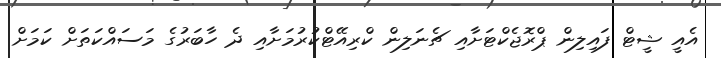
އެއީ ޝީޓް ފައިލިން ޕްރޮޖެކްޓަށާއި ޗެނަލިން ކްރިއޭޓްކުރުމަށާއި ދެ ހާބަރުގެ މަސައްކަތަށް ކަމަށް